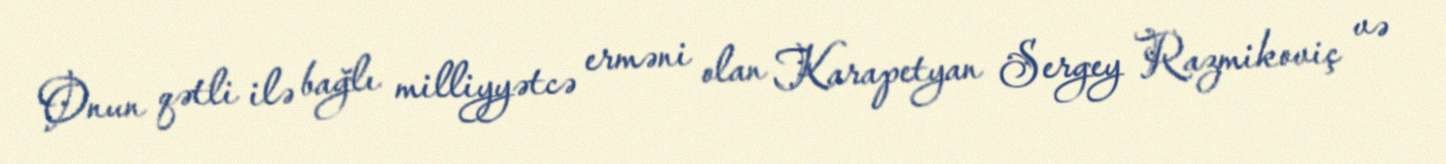
Onun qətli ilə bağlı milliyyətcə erməni olan Karapetyan Sergey Razmikoviç və